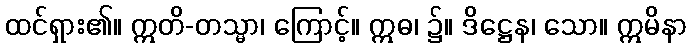
ထင်ရှား၏။ ဣတိ-တသ္မာ၊ ကြောင့်။ ဣဓ၊ ၌။ ဒိဋ္ဌေန၊ သော။ ဣမိနာ